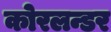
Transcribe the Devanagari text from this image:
कोरलन्डर